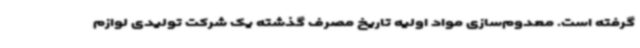
گرفته است. معدوم‌سازی مواد اولیه تاریخ مصرف گذشته یک شرکت تولیدی لوازم